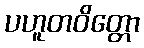
ပဟူတဝိတ္တော